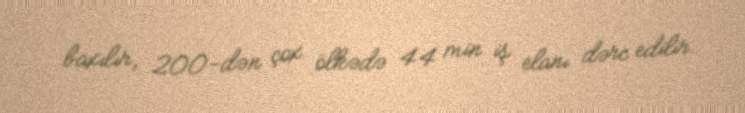
baxılır, 200-dən çox ölkədə 44 min iş elanı dərc edilir.